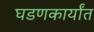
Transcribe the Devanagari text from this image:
घडणकार्यांत